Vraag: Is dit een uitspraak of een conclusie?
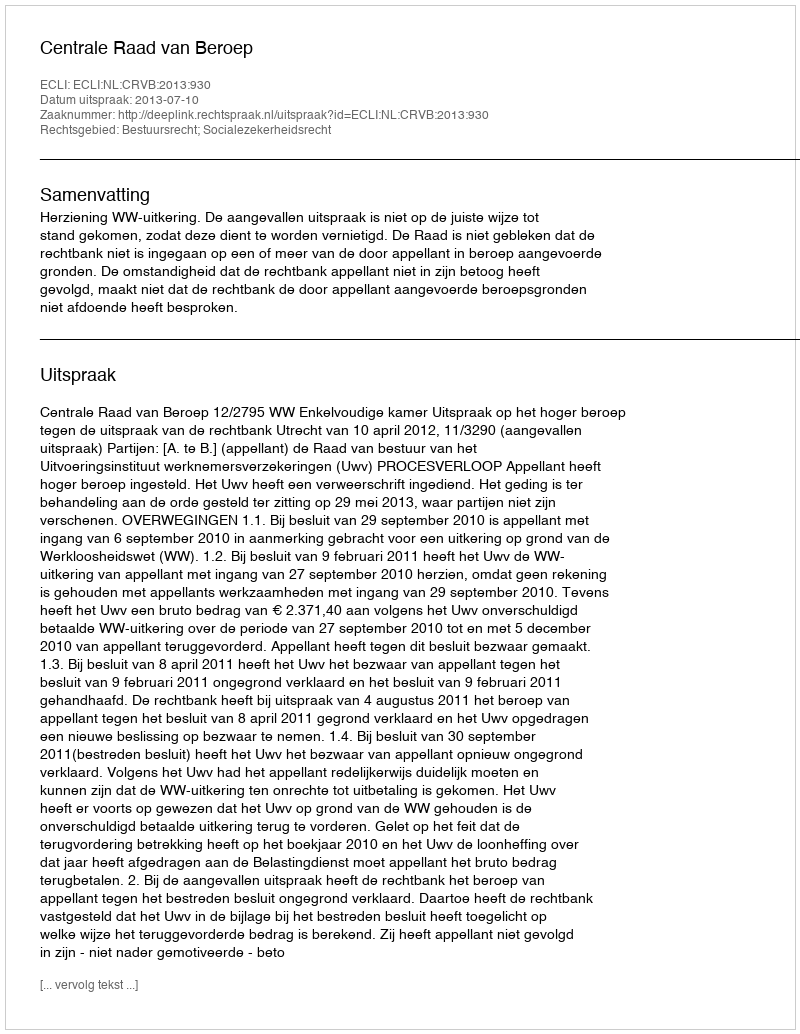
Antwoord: Uitspraak